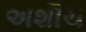
અશૌચ